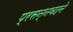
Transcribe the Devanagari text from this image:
प्रसन्नवदने